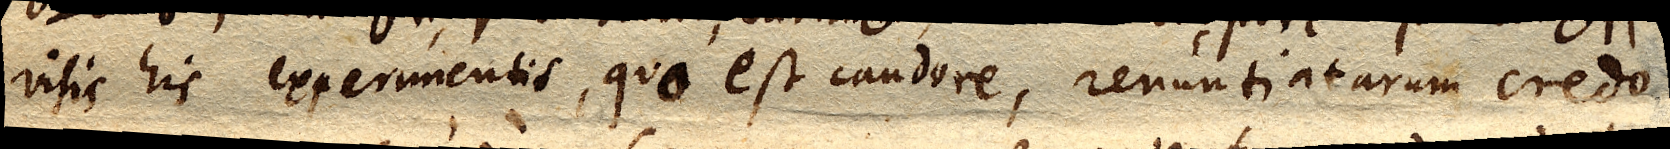
visis his experimentis, quo est candore, renuntiaturum credo.